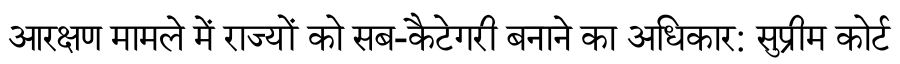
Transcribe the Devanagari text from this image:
आरक्षण मामले में राज्यों को सब-कैटेगरी बनाने का अधिकार: सुप्रीम कोर्ट